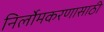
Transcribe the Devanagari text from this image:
निर्लोमकरणासाठी